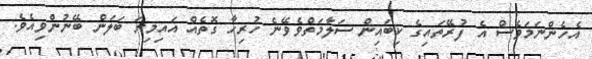
އެހެންނަމަވެސް އެ ފުރޭތައިގެ ކިބައިން ސަލާމަތްވެވޭނެ ހުރިހާ ގޮތެއް އައިމިނަ ބަލަން ބޭނުންވިއެވެ.